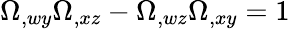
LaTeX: \Omega_{,wy}\Omega_{,xz}-\Omega_{,wz}\Omega_{,xy}=1